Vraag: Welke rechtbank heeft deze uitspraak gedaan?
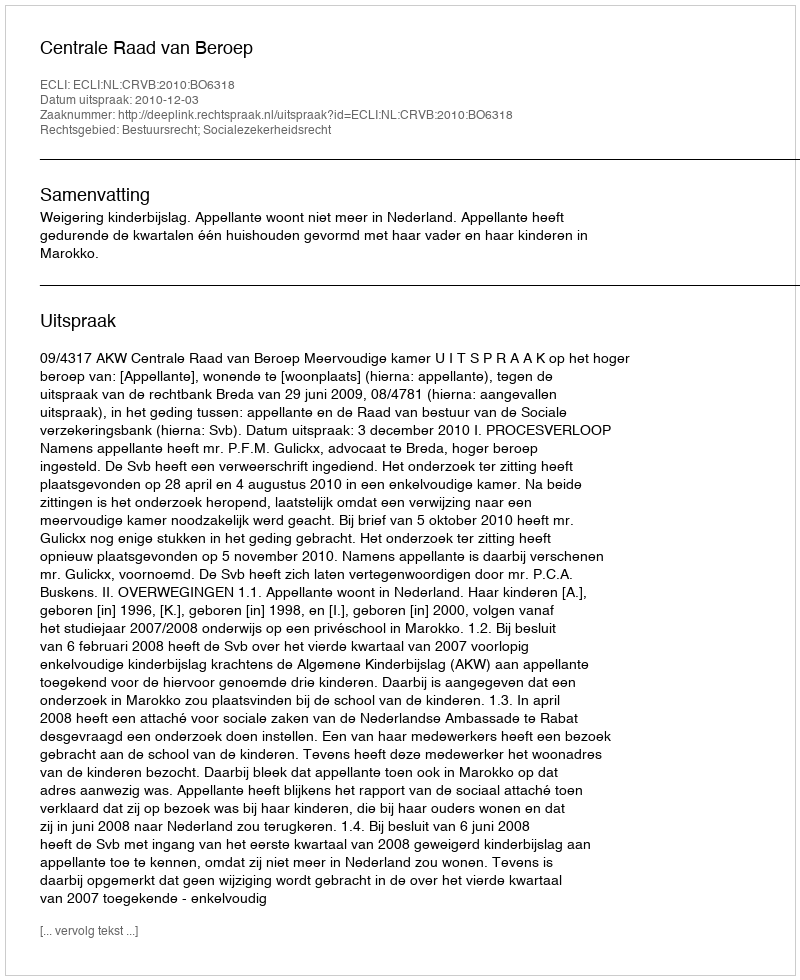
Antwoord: Centrale Raad van Beroep